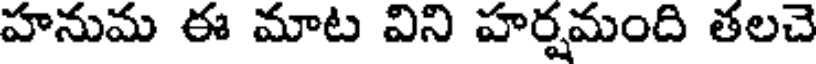
హనుమ ఈ మాట విని హర్షమంది తలచె